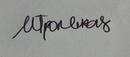
Signature authenticity: genuine